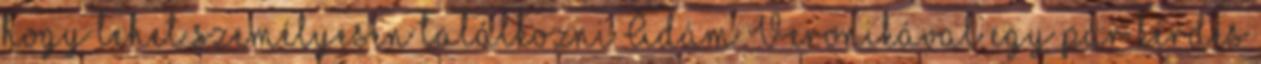
hogy lehet személyesen találkozni Ádám Veronikával egy pár kérdés